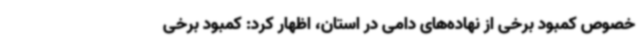
خصوص کمبود برخی از نهاده‌های دامی در استان، اظهار کرد: کمبود برخی